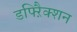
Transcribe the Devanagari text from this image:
डफ्ऱैिक्शन